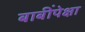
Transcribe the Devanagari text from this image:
बाबींपेक्षा